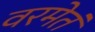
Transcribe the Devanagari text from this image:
वरमेतं